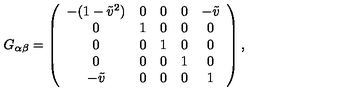
G _ { \alpha \beta } = \left( \begin{array} { c c c c c } { - ( 1 - \tilde { v } ^ { 2 } ) } & { 0 } & { 0 } & { 0 } & { - \tilde { v } } \\ { 0 } & { 1 } & { 0 } & { 0 } & { 0 } \\ { 0 } & { 0 } & { 1 } & { 0 } & { 0 } \\ { 0 } & { 0 } & { 0 } & { 1 } & { 0 } \\ { - \tilde { v } } & { 0 } & { 0 } & { 0 } & { 1 } \\ \end{array} \right) ,